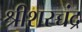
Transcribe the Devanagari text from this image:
श्रीशरच्चंद्र